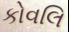
કોવલિ